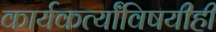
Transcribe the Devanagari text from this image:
कार्यकर्त्यांविषयीही